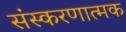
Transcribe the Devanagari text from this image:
संस्करणात्मक